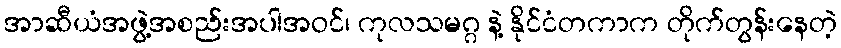
အာဆီယံအဖွဲ့အစည်းအပါအဝင်၊ ကုလသမဂ္ဂ နဲ့ နိုင်ငံတကာက တိုက်တွန်းနေတဲ့